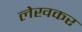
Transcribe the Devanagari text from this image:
लेखकर